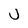
Character: U